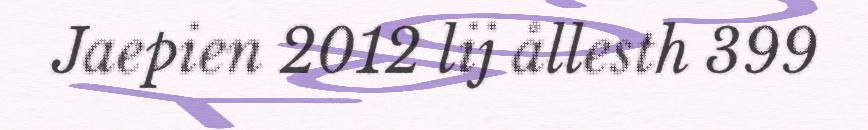
Jaepien 2012 lij ållesth 399